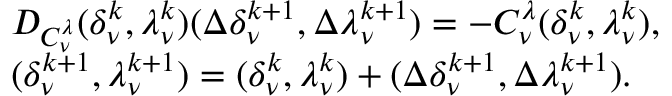
\begin{array} { r l } & { { \cal D } _ { { \cal C } _ { \nu } ^ { \lambda } } ( \delta _ { \nu } ^ { k } , \lambda _ { \nu } ^ { k } ) ( \Delta \delta _ { \nu } ^ { k + 1 } , \Delta \lambda _ { \nu } ^ { k + 1 } ) = - { \cal C } _ { \nu } ^ { \lambda } ( \delta _ { \nu } ^ { k } , \lambda _ { \nu } ^ { k } ) , } \\ & { ( \delta _ { \nu } ^ { k + 1 } , \lambda _ { \nu } ^ { k + 1 } ) = ( \delta _ { \nu } ^ { k } , \lambda _ { \nu } ^ { k } ) + ( \Delta \delta _ { \nu } ^ { k + 1 } , \Delta \lambda _ { \nu } ^ { k + 1 } ) . } \end{array}